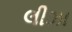
લીઝા